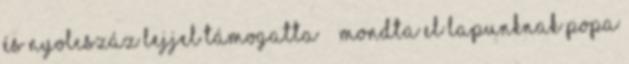
és nyolcszáz lejjel támogatta” – mondta el lapunknak Popa